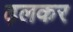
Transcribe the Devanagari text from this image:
ढ़लकर